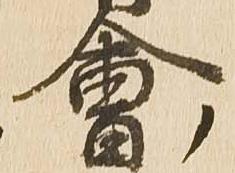
会